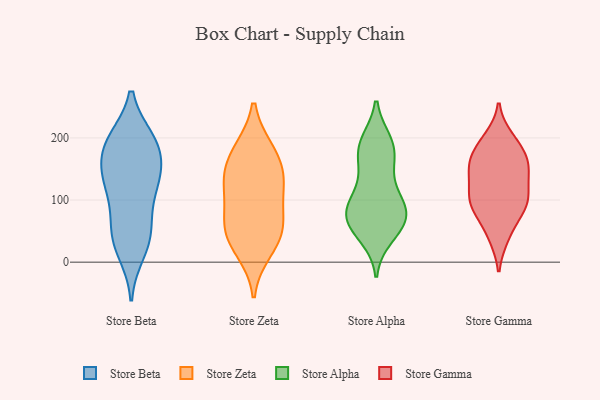
{"axis": {"x": "Page Views", "y": "Value"}, "legend": ["Store Alpha", "Store Beta", "Store Gamma", "Store Zeta"], "data": [{"x": "", "y": 149, "type": "Store Beta"}, {"x": "", "y": 191, "type": "Store Beta"}, {"x": "", "y": 54, "type": "Store Beta"}, {"x": "", "y": 17, "type": "Store Beta"}, {"x": "", "y": 130, "type": "Store Beta"}, {"x": "", "y": 193, "type": "Store Beta"}, {"x": "", "y": 131, "type": "Store Beta"}, {"x": "", "y": 195, "type": "Store Beta"}, {"x": "", "y": 36, "type": "Store Beta"}, {"x": "", "y": 196, "type": "Store Beta"}, {"x": "", "y": 38, "type": "Store Beta"}, {"x": "", "y": 174, "type": "Store Beta"}, {"x": "", "y": 116, "type": "Store Beta"}, {"x": "", "y": 73, "type": "Store Beta"}, {"x": "", "y": 135, "type": "Store Beta"}, {"x": "", "y": 134, "type": "Store Zeta"}, {"x": "", "y": 58, "type": "Store Zeta"}, {"x": "", "y": 179, "type": "Store Zeta"}, {"x": "", "y": 54, "type": "Store Zeta"}, {"x": "", "y": 139, "type": "Store Zeta"}, {"x": "", "y": 125, "type": "Store Zeta"}, {"x": "", "y": 20, "type": "Store Zeta"}, {"x": "", "y": 90, "type": "Store Zeta"}, {"x": "", "y": 178, "type": "Store Zeta"}, {"x": "", "y": 42, "type": "Store Zeta"}, {"x": "", "y": 184, "type": "Store Alpha"}, {"x": "", "y": 41, "type": "Store Alpha"}, {"x": "", "y": 74, "type": "Store Alpha"}, {"x": "", "y": 117, "type": "Store Alpha"}, {"x": "", "y": 90, "type": "Store Alpha"}, {"x": "", "y": 194, "type": "Store Alpha"}, {"x": "", "y": 181, "type": "Store Alpha"}, {"x": "", "y": 88, "type": "Store Alpha"}, {"x": "", "y": 63, "type": "Store Alpha"}, {"x": "", "y": 103, "type": "Store Alpha"}, {"x": "", "y": 194, "type": "Store Alpha"}, {"x": "", "y": 146, "type": "Store Alpha"}, {"x": "", "y": 74, "type": "Store Alpha"}, {"x": "", "y": 48, "type": "Store Alpha"}, {"x": "", "y": 78, "type": "Store Alpha"}, {"x": "", "y": 64, "type": "Store Alpha"}, {"x": "", "y": 163, "type": "Store Alpha"}, {"x": "", "y": 184, "type": "Store Gamma"}, {"x": "", "y": 117, "type": "Store Gamma"}, {"x": "", "y": 41, "type": "Store Gamma"}, {"x": "", "y": 166, "type": "Store Gamma"}, {"x": "", "y": 153, "type": "Store Gamma"}, {"x": "", "y": 91, "type": "Store Gamma"}, {"x": "", "y": 145, "type": "Store Gamma"}, {"x": "", "y": 91, "type": "Store Gamma"}, {"x": "", "y": 111, "type": "Store Gamma"}, {"x": "", "y": 103, "type": "Store Gamma"}, {"x": "", "y": 95, "type": "Store Gamma"}, {"x": "", "y": 197, "type": "Store Gamma"}, {"x": "", "y": 200, "type": "Store Gamma"}, {"x": "", "y": 42, "type": "Store Gamma"}, {"x": "", "y": 75, "type": "Store Gamma"}, {"x": "", "y": 141, "type": "Store Gamma"}, {"x": "", "y": 154, "type": "Store Gamma"}, {"x": "", "y": 153, "type": "Store Gamma"}, {"x": "", "y": 90, "type": "Store Gamma"}, {"x": "", "y": 177, "type": "Store Gamma"}]}